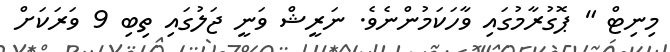
މިނިޓް " ޕޮޮގުރާމުގައި ވާހަކަމުންނެވެ. ނަރީޝް ވަނީ ޖަލުގައި ތިބި 9 ވަރަކަށް